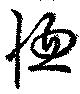
愡